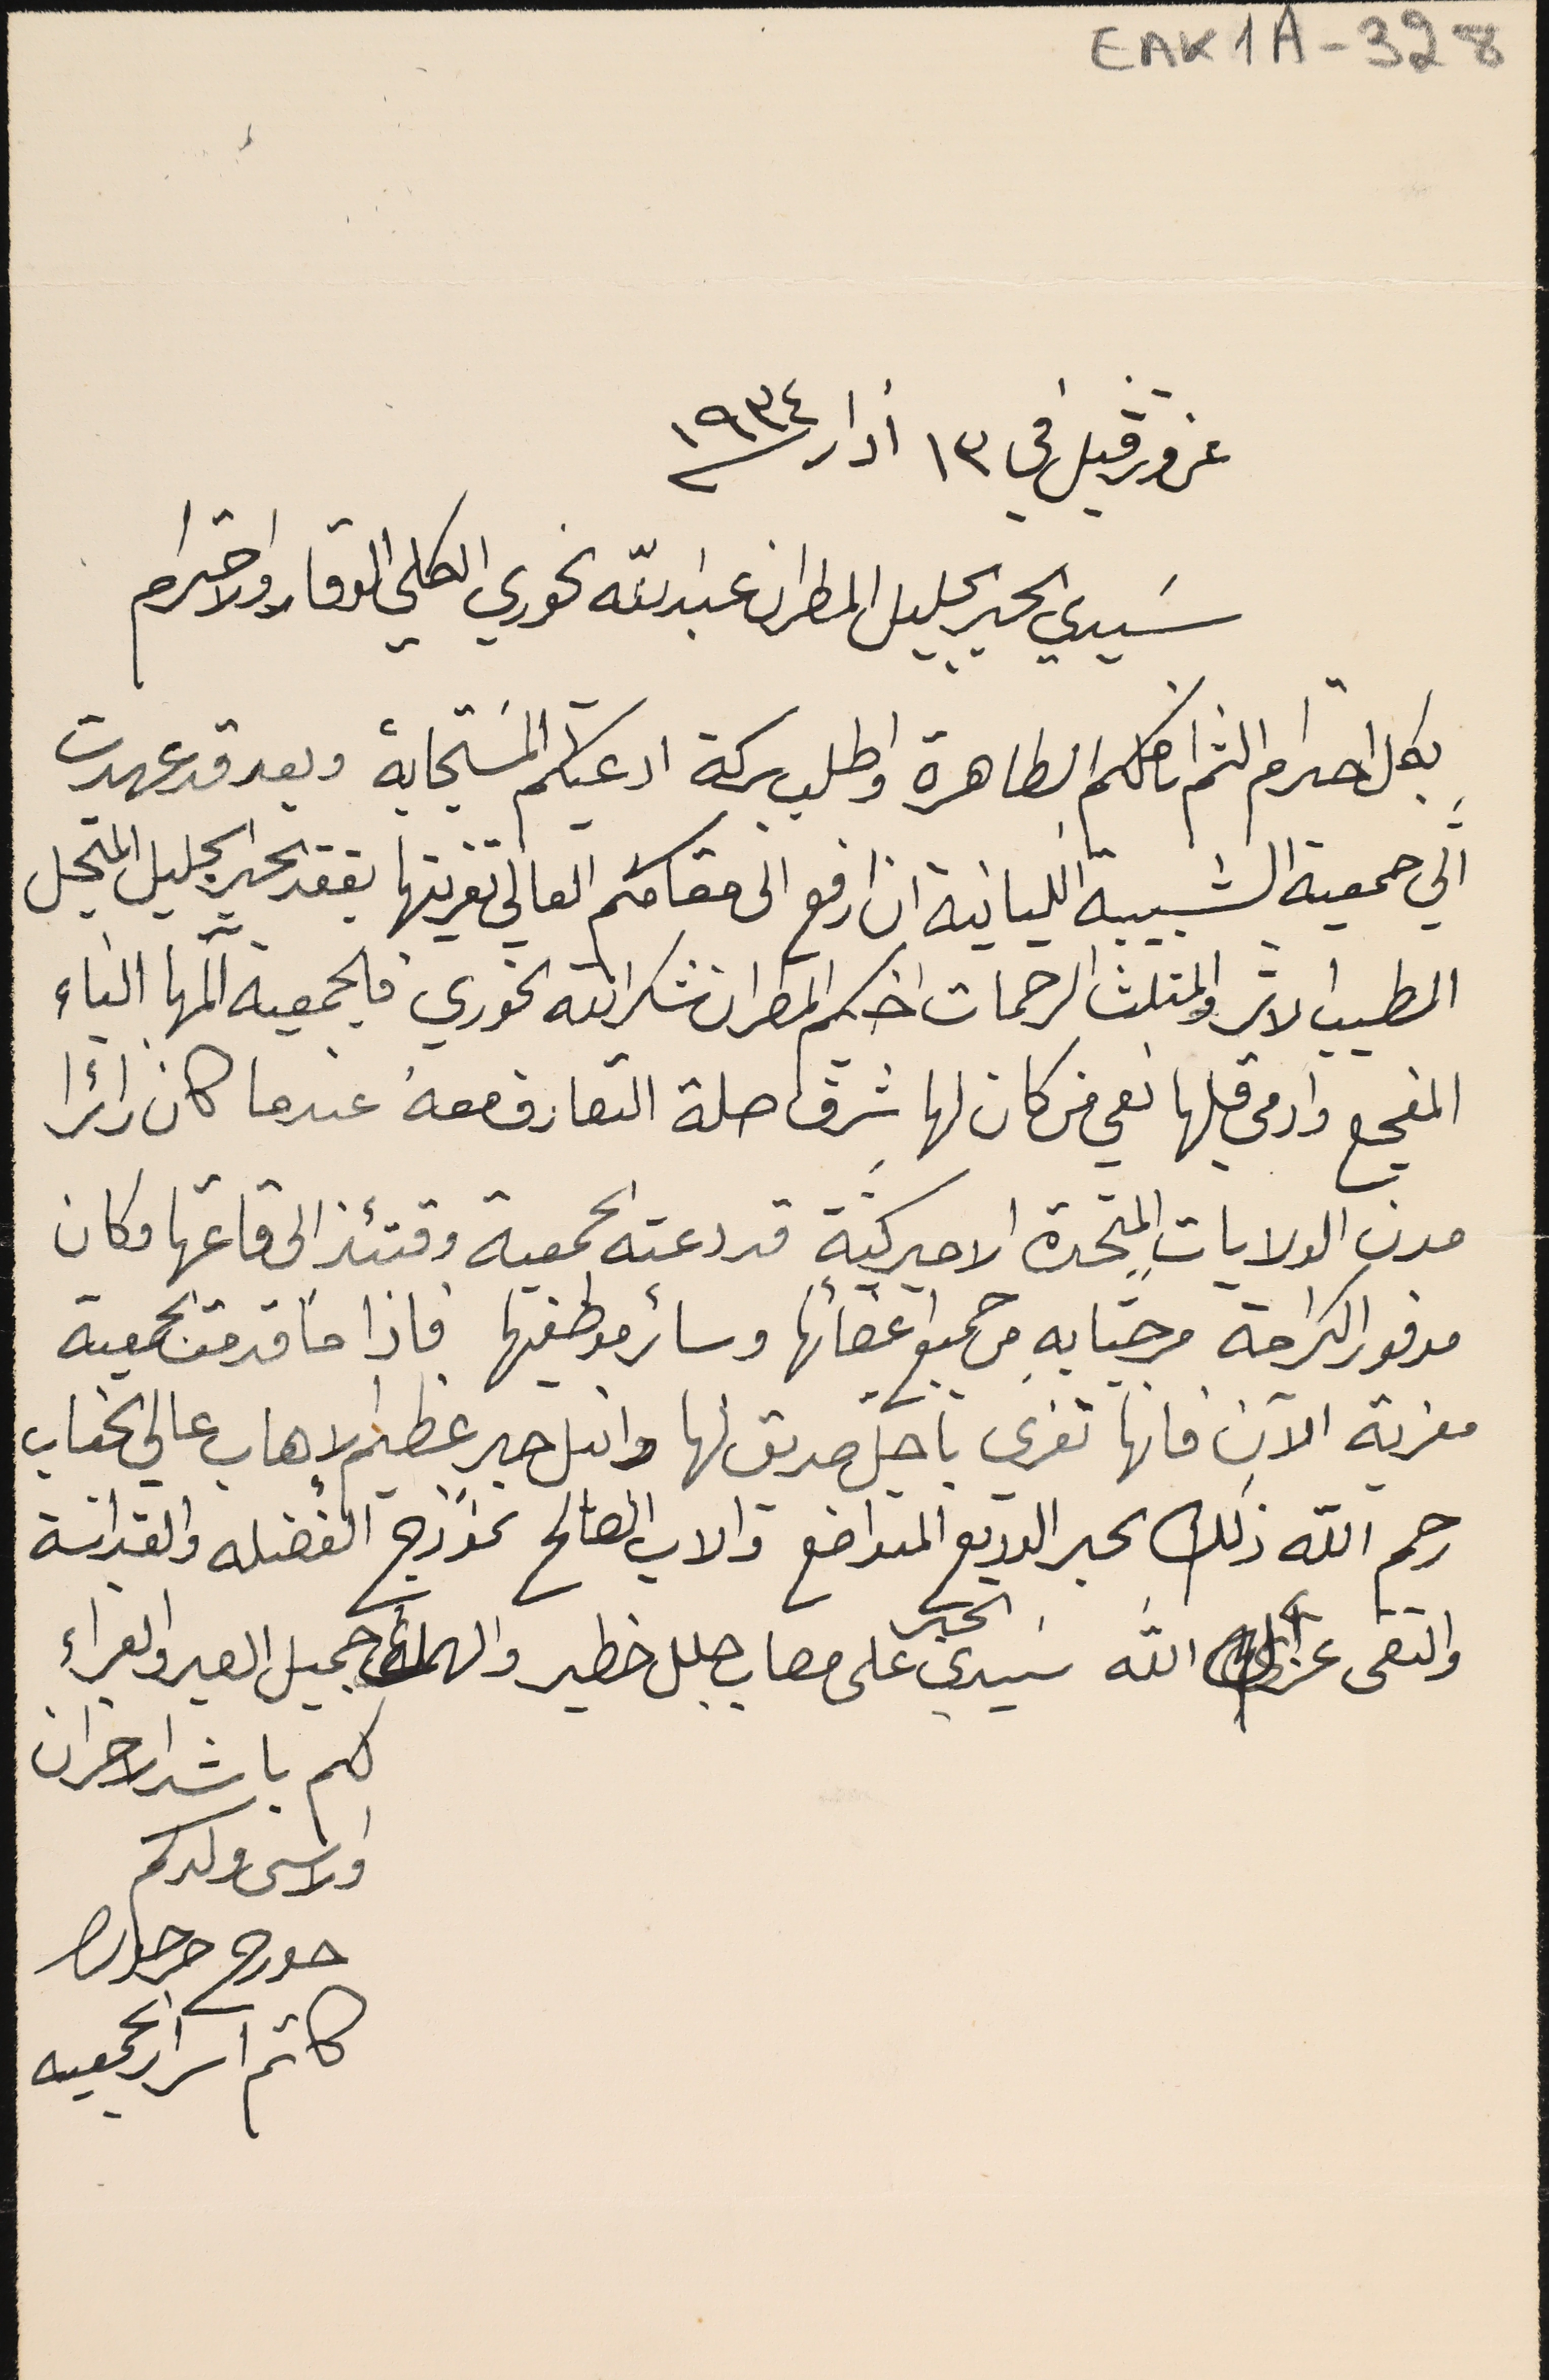
عزورڤيل في ١٣ أذار / ١٩٣٤
 سَيدي الحبر الجليل المطران عبدالله الخوري الكلي الوقار والاحترام
بكل احترام الثم اناملكم الطاهرة واطلب بركة ادعيتكم المسَتجابة وبعد قد عهدت
الي جمعية الشبيبة اللبنانية ان ارفع الى مقامكم العالي تعزيتها بفقد الحبر الجليل المتجل
الطيب الاثر والمثلث الرحمات اخيكم المطران شكرالله الخوري فالجمعية آلمها النباء
المفجع وادمى قلبها نعي من كان لها شرف صلة التعارف معه عندما كان زائرا
مدن الولايات المتحدة الاميركية قد دعته الجمعية وقتئذ الى قاعتها وكان
مدفور الكرامة مرحبا به من جميع اعضائها وسائر موظفيها فاذا ما قدمت الجمعية
معزية الآن فانها تعزي باجل صديق لها وانبل حبر عظيم لاهاب عالى الجناب
رحم الله ذلك الحبر الوديع المتواضع والاب الصالح نموذج الفضله والقداسَة
والتقى عز الله سَيدي الحبر على مصاب جلل خطير والهمه جميل الصبر والعزاء
لكم باشد الاحزان
والاسى ولدكم
جورج جرجوره
كاتم اسرار الجمعيه
EAK1A - 328